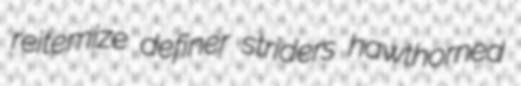
reitemize definer striders hawthorned